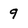
Character: 9